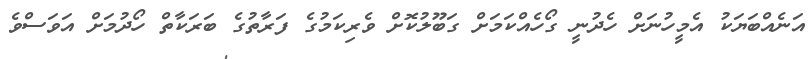
އަނެއްބަޔަކު އެމީހުނަށް ހެދުނީ ގޯހެއްކަމަށް ގަބޫލުކޮށް ވެރިކަމުގެ ފަރާތުގެ ބަރަކާތް ހޯދުމަށް އަވަސްވެ